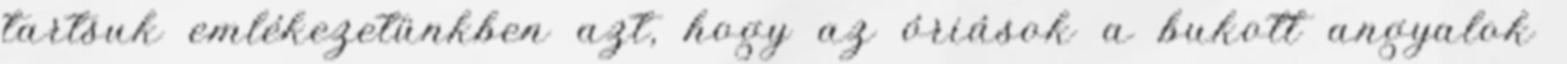
tartsuk emlékezetünkben azt, hogy az óriások a bukott angyalok